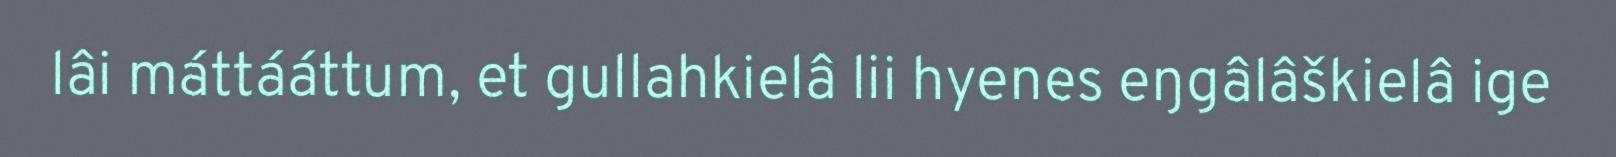
lâi máttááttum, et gullahkielâ lii hyenes eŋgâlâškielâ ige